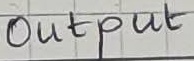
Text: Output